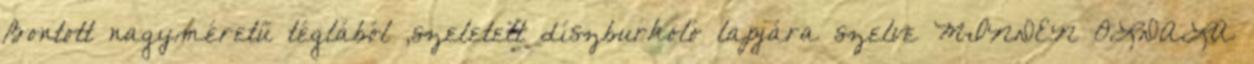
Bontott nagyméretű téglából ,szeletelt díszburkoló lapjára szelve MINDEN OLDALA